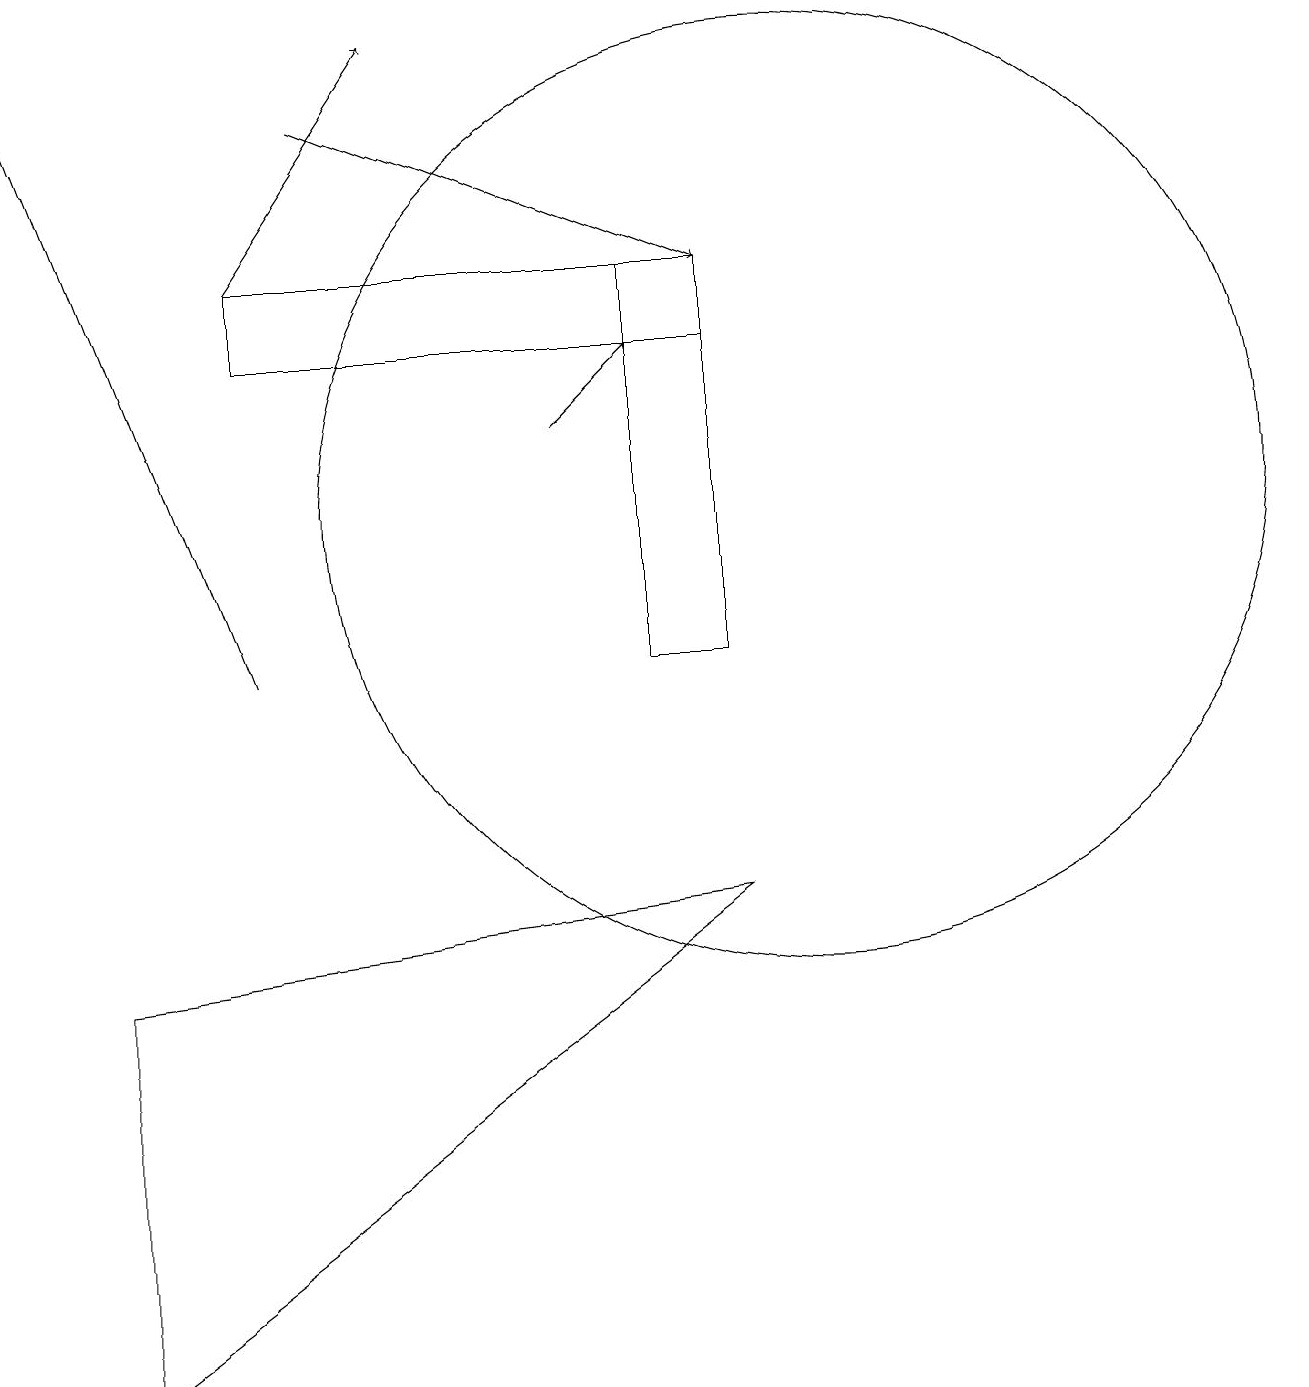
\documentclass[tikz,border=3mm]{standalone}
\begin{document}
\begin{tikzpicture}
\draw[->] (4,17) -- (9,15);
\draw (8,15) rectangle (9,10);
\draw[->] (3,10) -- (0,18);
\draw[->] (7,13) -- (8,14);
\draw (10,12) circle (6);
\draw (9,15) rectangle (3,14);
\draw (1,6) -- (9,7) -- (1,1) -- cycle;
\draw[->] (3,15) -- (5,18);
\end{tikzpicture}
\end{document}